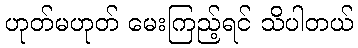
ဟုတ်မဟုတ် မေးကြည့်ရင် သိပါတယ်